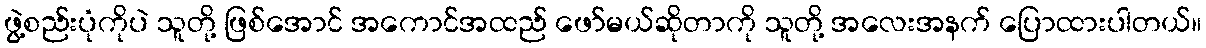
ဖွဲ့စည်းပုံကိုပဲ သူတို့ ဖြစ်အောင် အကောင်အထည် ဖော်မယ်ဆိုတာကို သူတို့ အလေးအနက် ပြောထားပါတယ်။